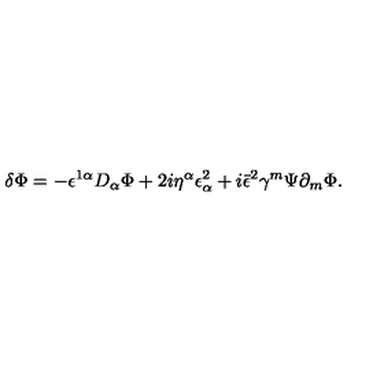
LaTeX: \delta \Phi = - \epsilon ^ { 1 \alpha } D _ { \alpha } \Phi + 2 i \eta ^ { \alpha } \epsilon _ { \alpha } ^ { 2 } + i \bar { \epsilon } ^ { 2 } \gamma ^ { m } \Psi \partial _ { m } \Phi .